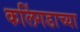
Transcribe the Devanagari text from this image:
कलिंगडाच्या